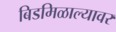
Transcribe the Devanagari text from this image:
बिडमिळाल्यावर